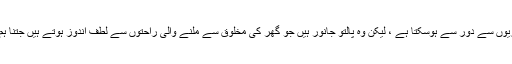
کتوں کا تعلق بھیڑیوں سے دور سے ہوسکتا ہے ، لیکن وہ پالتو جانور ہیں جو گھر کی مخلوق سے ملنے والی راحتوں سے لطف اندوز ہوتے ہیں جتنا ہم انسان کرتے ہیں۔